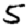
Digit: 5